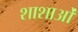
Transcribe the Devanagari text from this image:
शाशाओं